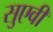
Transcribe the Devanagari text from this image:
सुएवी